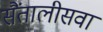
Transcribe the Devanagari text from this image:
सैंतालीसवां